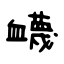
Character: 衊